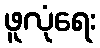
ဖူလုံရေး